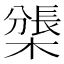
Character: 𣛊